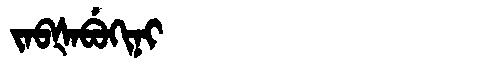
Manchu: ᠵᠠᠪᡧᠠᠪᡠᡴᡳᠨᡳ
Romanization: JABŠABUKINI